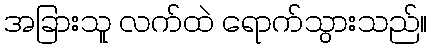
အခြားသူ လက်ထဲ ရောက်သွားသည်။